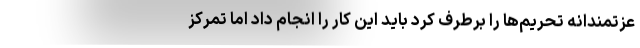
عزتمندانه تحریم‌ها را برطرف کرد باید این کار را انجام داد اما تمرکز